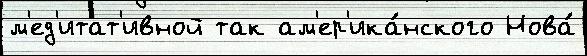
м'ед'итат'ивной так ам'ер'ика́нского Нова́